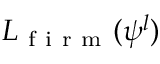
L _ { \mathrm { ~ f ~ i ~ r ~ m ~ } } ( \psi ^ { l } )